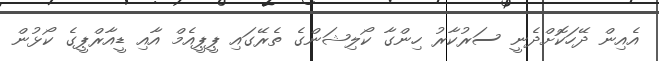
އެއިން ދޭހަކޮށްދެނީ ސަރުކާރު ހިންގާ ކޯލިޝަންގެ ތެރޭގައި ޕީޕީއެމް އާއި ޑީއާރްޕީގެ ކޯޅުން